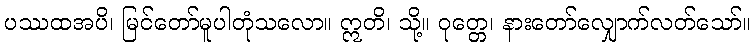
ပဿထအပိ၊ မြင်တော်မူပါတုံသလော။ ဣတိ၊ သို့။ ဝုတ္တေ၊ နားတော်လျှောက်လတ်သော်။